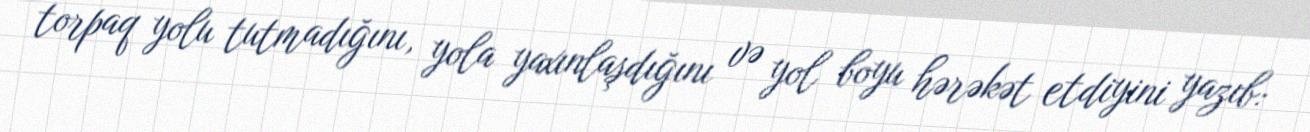
torpaq yolu tutmadığını, yola yaxınlaşdığını və yol boyu hərəkət etdiyini yazıb: